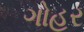
ગોહર